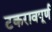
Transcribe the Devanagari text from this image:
टकरावपूर्ण